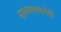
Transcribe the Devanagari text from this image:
सायकलकडेही